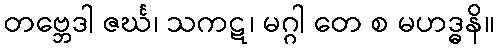
တဗ္ဘေဒါ ဇင်္ဃ၊ သကဋ၊ မဂ္ဂါ တေ စ မဟဒ္ဓနိ။